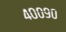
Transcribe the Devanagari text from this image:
४००९०